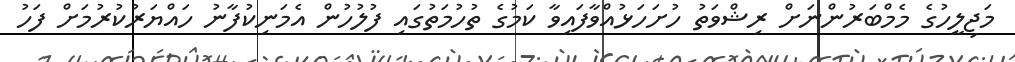
މަޖިލީހުގެ މެމްބަރުންނަށް ރިޝްވަތު ހުށަހަޅުއްވާފައިވާ ކަމުގެ ތުހުމަތުގައި ފުލުހުން އެމަނިކުފާނު ހައްޔަރުކުރުމަށް ފަހު